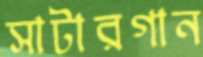
সাটারগান